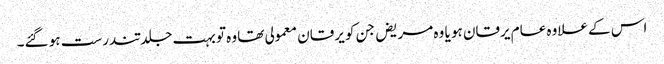
اس کے علاوہ عام یرقان ہو یا وہ مریض جن کو یرقان معمولی تھا وہ تو بہت جلد تندرست ہو گئے۔